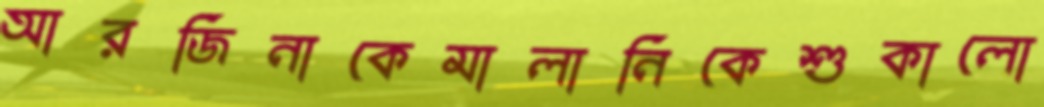
আরজিনাকেমালানিকেশুকালো